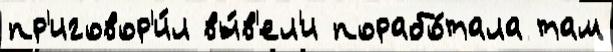
пр'иговор'и́л вы́в'ел'и порабо́тала там